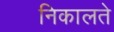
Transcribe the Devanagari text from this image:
निकालते